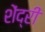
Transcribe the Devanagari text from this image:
शेंद्री